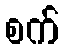
စက်